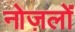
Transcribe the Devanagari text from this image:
नोज़लों